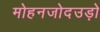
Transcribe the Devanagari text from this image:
मोहनजोदउड़ो